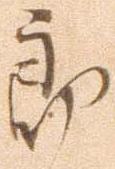
郎